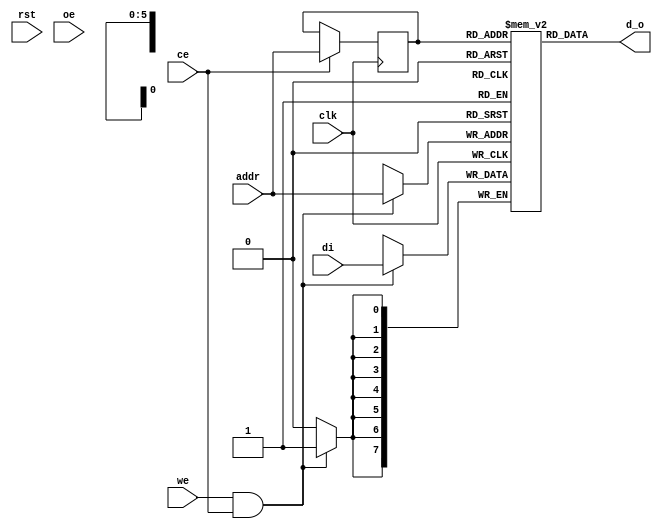
//////////////////////////////////////////////////////////////////////
////                                                              ////
////  Generic Single-Port Synchronous RAM                         ////
////                                                              ////
////  This file is part of memory library available from          ////
////  http://www.opencores.org/cvsweb.shtml/generic_memories/     ////
////                                                              ////
////  Description                                                 ////
////  This block is a wrapper with common single-port             ////
////  synchronous memory interface for different                  ////
////  types of ASIC and FPGA RAMs. Beside universal memory        ////
////  interface it also provides a behavioral model of generic    ////
////  single-port synchronous RAM.                                ////
////  It also contains a synthesizeable model for FPGAs.          ////
////  It should be used in all OPENCORES designs that want to be  ////
////  portable accross different target technologies and          ////
////  independent of target memory.                               ////
////                                                              ////
////  Supported ASIC RAMs are:                                    ////
////  - Artisan Single-Port Sync RAM                              ////
////  - Avant! Two-Port Sync RAM (*)                              ////
////  - Virage Single-Port Sync RAM                               ////
////  - Virtual Silicon Single-Port Sync RAM                      ////
////                                                              ////
////  Supported FPGA RAMs are:                                    ////
////  - Generic FPGA (VENDOR_FPGA)                                ////
////    Tested RAMs: Altera, Xilinx                               ////
////    Synthesis tools: LeonardoSpectrum, Synplicity             ////
////  - Xilinx (VENDOR_XILINX)                                    ////
////  - Altera (VENDOR_ALTERA)                                    ////
////                                                              ////
////  To Do:                                                      ////
////   - fix avant! two-port ram                                  ////
////   - add additional RAMs                                      ////
////                                                              ////
////  Author(s):                                                  ////
////      - Richard Herveille, richard@asics.ws                   ////
////      - Damjan Lampret, lampret@opencores.org                 ////
////                                                              ////
//////////////////////////////////////////////////////////////////////
////                                                              ////
//// Copyright (C) 2000 Authors and OPENCORES.ORG                 ////
////                                                              ////
//// This source file may be used and distributed without         ////
//// restriction provided that this copyright statement is not    ////
//// removed from the file and that any derivative work contains  ////
//// the original copyright notice and the associated disclaimer. ////
////                                                              ////
//// This source file is free software; you can redistribute it   ////
//// and/or modify it under the terms of the GNU Lesser General   ////
//// Public License as published by the Free Software Foundation; ////
//// either version 2.1 of the License, or (at your option) any   ////
//// later version.                                               ////
////                                                              ////
//// This source is distributed in the hope that it will be       ////
//// useful, but WITHOUT ANY WARRANTY; without even the implied   ////
//// warranty of MERCHANTABILITY or FITNESS FOR A PARTICULAR      ////
//// PURPOSE.  See the GNU Lesser General Public License for more ////
//// details.                                                     ////
////                                                              ////
//// You should have received a copy of the GNU Lesser General    ////
//// Public License along with this source; if not, download it   ////
//// from http://www.opencores.org/lgpl.shtml                     ////
////                                                              ////
//////////////////////////////////////////////////////////////////////
//
// CVS Revision History
//
// $Log: not supported by cvs2svn $
//
//


//`define VENDOR_XILINX
//`define VENDOR_ALTERA
`define VENDOR_FPGA

module generic_spram(
	// Generic synchronous single-port RAM interface
	clk, rst, ce, we, oe, addr, di, d_o
);

	//
	// Default address and data buses width
	//
	parameter aw = 6; //number of address-bits
	parameter dw = 8; //number of data-bits

	//
	// Generic synchronous single-port RAM interface
	//
	input           clk;  // Clock, rising edge
	input           rst;  // Reset, active high
	input           ce;   // Chip enable input, active high
	input           we;   // Write enable input, active high
	input           oe;   // Output enable input, active high
	input  [aw-1:0] addr; // address bus inputs
	input  [dw-1:0] di;   // input data bus
	output [dw-1:0] d_o;   // output data bus

	//
	// Module body
	//

`ifdef VENDOR_FPGA
	//
	// Instantiation synthesizeable FPGA memory
	//
	// This code has been tested using LeonardoSpectrum and Synplicity.
	// The code correctly instantiates Altera EABs and Xilinx BlockRAMs.
	//

	// NOTE:
	// 'synthesis syn_ramstyle="block_ram"' is a Synplify attribute.
	// It instructs Synplify to map to BlockRAMs instead of the default SelectRAMs

	reg [dw-1:0] mem [(1<<aw) -1:0] /* synthesis syn_ramstyle="block_ram" */;
	reg [aw-1:0] ra;

	// read operation
	always @(posedge clk)
	  if (ce)
	    ra <= #1 addr;     // read address needs to be registered to read clock

	assign #1 d_o = mem[ra];

	// write operation
	always @(posedge clk)
	  if (we && ce)
	    mem[addr] <= #1 di;
`else

`ifdef VENDOR_XILINX

	wire [dw-1:0] q;  // output from xilinx ram
	//
	// Instantiation of FPGA memory:
	//
	// Virtex/Spartan2 BlockRAMs
	//
	xilinx_ram_sp xilinx_ram(
		.clk(clk),
		.rst(rst),
		.addr(addr),
		.di(di),
		.en(ce),
		.we(we),
		.do(d_o)
	);

	defparam
		xilinx_ram.dwidth = dw,
		xilinx_ram.awidth = aw;

`else

`ifdef VENDOR_ALTERA

	//
	// Instantiation of FPGA memory:
	//
	// Altera FLEX EABs
	//

	altera_ram_sp altera_ram(
		.inclock(clk),
		.address(addr),
		.data(di),
		.we(we && ce),
		.q(d_o)
	);

	defparam
		altera_ram.dwidth = dw,
		altera_ram.awidth = aw;

`else

`ifdef VENDOR_ARTISAN

	//
	// Instantiation of ASIC memory:
	//
	// Artisan Synchronous Single-Port RAM (ra1sh)
	//
	artisan_ssp #(dw, 1<<aw, aw) artisan_ssp(
		.CLK(clk),
		.CEN(~ce),
		.WEN(~we),
		.A(addr),
		.D(di),
		.OEN(~oe),
		.Q(d_o)
	);

`else

`ifdef VENDOR_AVANT

	//
	// Instantiation of ASIC memory:
	//
	// Avant! Asynchronous Two-Port RAM
	//
	avant_atp avant_atp(
		.web(~we),
		.reb(),
		.oeb(~oe),
		.rcsb(),
		.wcsb(),
		.ra(addr),
		.wa(addr),
		.di(di),
		.do(d_o)
	);

`else

`ifdef VENDOR_VIRAGE

	//
	// Instantiation of ASIC memory:
	//
	// Virage Synchronous 1-port R/W RAM
	//
	virage_ssp virage_ssp(
		.clk(clk),
		.adr(addr),
		.d(di),
		.we(we),
		.oe(oe),
		.me(ce),
		.q(d_o)
	);

`else

`ifdef VENDOR_VIRTUALSILICON

	//
	// Instantiation of ASIC memory:
	//
	// Virtual Silicon Single-Port Synchronous SRAM
	//
	virtualsilicon_spram #(1<<aw, aw-1, dw-1) virtualsilicon_ssp(
		.CK(clk),
		.ADR(addr),
		.DI(di),
		.WEN(~we),
		.CEN(~ce),
		.OEN(~oe),
		.DOUT(d_o)
	);

`else

	//
	// Generic single-port synchronous RAM model
	//

	//
	// Generic RAM's registers and wires
	//
	reg  [dw-1:0] mem [(1<<aw)-1:0];	// RAM content
	wire [dw-1:0] q;                 // RAM output
	reg  [aw-1:0] raddr;             // RAM read address
	//
	// Data output drivers
	//
	assign d_o = (oe) ? q : {dw{1'bz}};

	//
	// RAM read and write
	//

	// read operation
	always@(posedge clk)
	if (ce) // && !we)
		raddr <= #1 addr;    // read address needs to be registered to read clock

	assign #1 q = rst ? {dw{1'b0}} : mem[raddr];

	// write operation
	always@(posedge clk)
		if (ce && we)
			mem[addr] <= #1 di;


`endif // !VIRTUALSILICON_SSP
`endif // !VIRAGE_SSP
`endif // !AVANT_ATP
`endif // !ARTISAN_SSP
`endif // !VENDOR_ALTERA
`endif // !VENDOR_XILINX
`endif // !VENDOR_FPGA

endmodule


//
// Black-box modules
//

`ifdef VENDOR_ALTERA
	module altera_ram_sp (
		address,
		inclock,
		we,
		data,
		q) /* synthesis black_box */;

		parameter awidth = 7;
		parameter dwidth = 8;

		input  [awidth -1:0] address;
		input                inclock;
		input                we;
		input  [dwidth -1:0] data;
		output [dwidth -1:0] q;

		// synopsis translate_off
		// exemplar translate_off

		syn_ram_irou #(
			"UNUSED",
			dwidth,
			awidth,
			1 << awidth
		)
		altera_spram_model (
			.Inclock(inclock),
			.Address(address),
			.Data(data),
			.WE(we),
			.Q(q)
		);

		// exemplar translate_on
		// synopsis translate_on

	endmodule
`endif // VENDOR_ALTERA

`ifdef VENDOR_XILINX
	module xilinx_ram_sp (
			clk,
			rst,
			addr,
			di,
			en,
			we,
			d_o) /* synthesis black_box */ ;

		parameter awidth = 7;
		parameter dwidth = 8;

		input                clk;
		input                rst;
		input  [awidth -1:0] addr;
		input  [dwidth -1:0] di;
		input                en;
		input                we;
		output [dwidth -1:0] d_o;

		// insert simulation model


		// synopsys translate_off
		// exemplar translate_off

		C_MEM_SP_BLOCK_V1_0 #(
			awidth,
			1,
			"0",
			1 << awidth,
			1,
			1,
			1,
			1,
			1,
			1,
			1,
			"",
			16,
			0,
			0,
			1,
			1,
			dwidth
		)
		xilinx_spram_model (
			.CLK(clk),
			.RST(rst),
			.ADDR(addr),
			.DI(di),
			.EN(en),
			.WE(we),
			.DO(d_o)
		);

		// exemplar translate_on
		// synopsys translate_on

	endmodule
`endif // VENDOR_XILINX